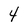
Character: 4